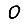
Digit: 0